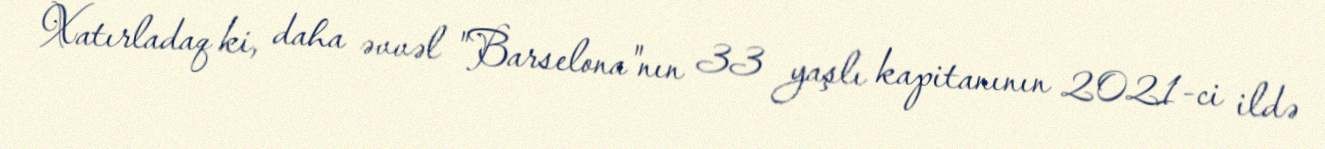
Xatırladaq ki, daha əvvəl "Barselona"nın 33 yaşlı kapitanının 2021-ci ildə